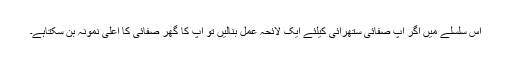
اس سلسلے میں اگر آپ صفائی ستھرائی کیلئے ایک لائحہ عمل بنالیں تو آپ کا گھر صفائی کا اعلیٰ نمونہ بن سکتاہے۔